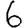
Digit: 6